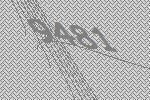
9481